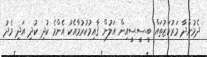
ދެމުންދާ މަރުކަޒުތައް ބީ.ސީ.ސީއިން އަލުން ޤާއިމުކުރުމާއެކު އެންމެ ކުދި ކުދި އަދި މެދު